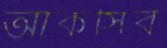
আকসির